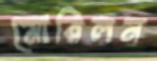
মোরিলন